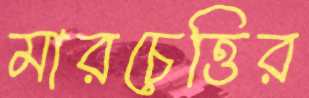
মারচেত্তির